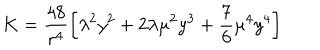
K = \frac { 4 8 } { r ^ { 4 } } \left[ \lambda ^ { 2 } y ^ { 2 } + 2 \lambda \mu ^ { 2 } y ^ { 3 } + \frac { 7 } { 6 } \mu ^ { 4 } y ^ { 4 } \right]